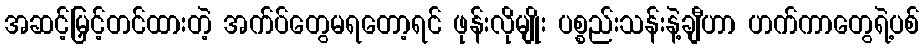
အဆင့်မြှင့်တင်ထားတဲ့ အက်ပ်တွေမရတော့ရင် ဖုန်းလိုမျိုး ပစ္စည်းသန်းနဲ့ချီဟာ ဟက်ကာတွေရဲ့ပစ်